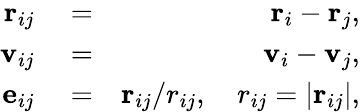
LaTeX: \begin{array}{rlr}{\mathbf{r}_{ij}}&{{}=}&{\mathbf{r}_{i}-\mathbf{r}_{j},}\\ {\mathbf{v}_{ij}}&{{}=}&{\mathbf{v}_{i}-\mathbf{v}_{j},}\\ {\mathbf{e}_{ij}}&{{}=}&{\mathbf{r}_{ij}/r_{ij},\quad r_{ij}=\left|\mathbf{r}_{ij}\right|,}\end{array}